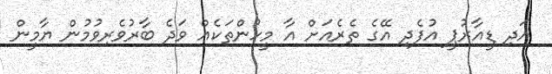
އަދި ޑީއާރުޕީ އުފެދި އޭގެ ތެރެއަށް އާ މީހުންތަކެއް ވަދެ ބާރުވެރިވުމުން ޔާމީން